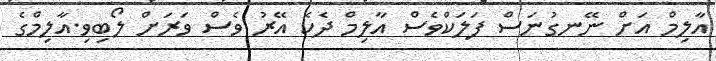
އާލިމް އަށް ނޭނގުނަސް ފަލަކްވެސް އާލިމް ދެކެ އޭރު ވެސް ވަރަށް ލޯބިވި.އާލިމްގެ